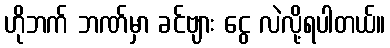
ဟိုဘက် ဘဏ်မှာ ခင်ဗျား ငွေ လဲလို့ရပါတယ်။